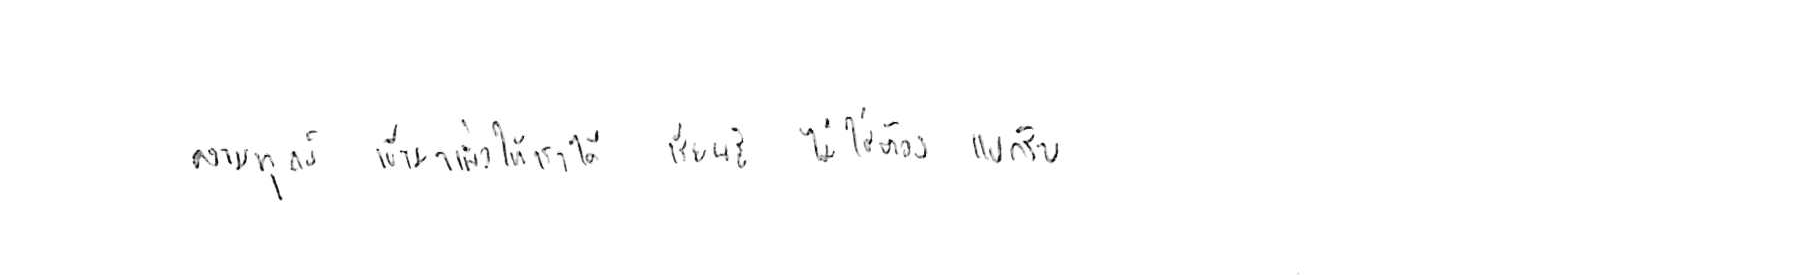
ความทุกข์ เข้ามาเพื่อให้เราได้ เรียนรู้ ไม่ใช่ต้อง แบกรับ